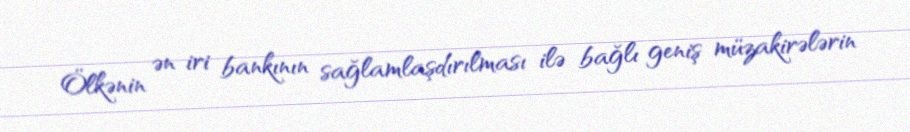
Ölkənin ən iri bankının sağlamlaşdırılması ilə bağlı geniş müzakirələrin